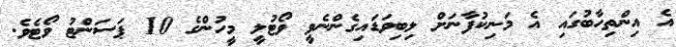
އެ އިންތިހާބުގައި އެ މަނިކުފާނަށް ލިބިވަޑައިގެންނެވީ ވޯޓުލީ މީހުންގެ 10 ޕަސަންޓު ވޯޓެވެ.